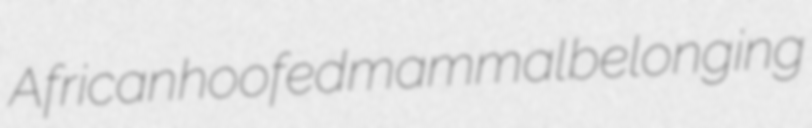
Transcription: African hoofed mammal belonging